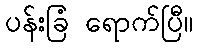
ပန်းခြံ ရောက်ပြီ။